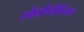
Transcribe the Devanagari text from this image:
स्कैंडीनेवियन